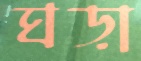
ঘড়া